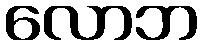
လောဘ